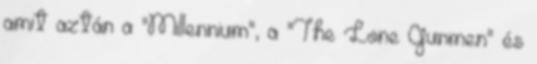
amit aztán a "Millennium", a "The Lone Gunmen" és